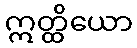
ဣတ္ထိယော